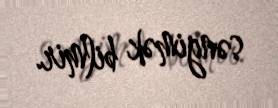
səngimək bilmir.